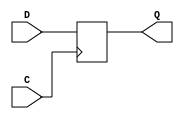
// This program was cloned from: https://github.com/lnis-uofu/OpenFPGA
// License: MIT License

(* abc9_flop, lib_whitebox *)
module dff(
    output reg Q,
    input D,
    (* clkbuf_sink *)
    (* invertible_pin = "IS_C_INVERTED" *)
    input C
);
    parameter [0:0] INIT = 1'b0;
    parameter [0:0] IS_C_INVERTED = 1'b0;
    initial Q = INIT;
    case(|IS_C_INVERTED)
          1'b0:
            always @(posedge C)
                Q <= D;
          1'b1:
            always @(negedge C)
                Q <= D;
    endcase
endmodule

(* abc9_flop, lib_whitebox *)
module dffr(
    output reg Q,
    input D,
    input R,
    (* clkbuf_sink *)
    (* invertible_pin = "IS_C_INVERTED" *)
    input C
);
    parameter [0:0] INIT = 1'b0;
    parameter [0:0] IS_C_INVERTED = 1'b0;
    initial Q = INIT;
    case(|IS_C_INVERTED)
          1'b0:
            always @(posedge C or posedge R)
                if (R == 1'b1)
                        Q <= 1'b0;
                else
                        Q <= D;
          1'b1:
            always @(negedge C or posedge R)
                if (R == 1'b1)
                        Q <= 1'b0;
                else
                        Q <= D;
    endcase
endmodule

(* abc9_flop, lib_whitebox *)
module dffnr(
    output reg Q,
    input D,
    input R,
    (* clkbuf_sink *)
    (* invertible_pin = "IS_C_INVERTED" *)
    input CN
);
    parameter [0:0] INIT = 1'b0;
    parameter [0:0] IS_C_INVERTED = 1'b0;
    initial Q = INIT;
    case(|IS_C_INVERTED)
          1'b0:
            always @(posedge CN or posedge R)
                if (R == 1'b1)
                        Q <= 1'b0;
                else
                        Q <= D;
          1'b1:
            always @(negedge CN or posedge R)
                if (R == 1'b1)
                        Q <= 1'b0;
                else
                        Q <= D;
    endcase
endmodule

(* abc9_flop, lib_whitebox *)
module dffre(
    output reg Q,
    input D,
    input R,
    input E,
    (* clkbuf_sink *)
    (* invertible_pin = "IS_C_INVERTED" *)
    input C
);
    parameter [0:0] INIT = 1'b0;
    parameter [0:0] IS_C_INVERTED = 1'b0;
    initial Q = INIT;
    case(|IS_C_INVERTED)
          1'b0:
            always @(posedge C or posedge R)
              if (R == 1'b1)
                Q <= 1'b0;
              else if(E)
                Q <= D;
          1'b1:
            always @(negedge C or posedge R)
              if (R == 1'b1)
                Q <= 1'b0;
              else if(E)
                Q <= D;
        endcase
endmodule

//-----------------------------
// D-type flip-flop with active-low asynchronous reset
//-----------------------------
(* abc9_flop, lib_whitebox *)
module dffrn(
    output reg Q,
    input D,
    input RN,
    (* clkbuf_sink *)
    (* invertible_pin = "IS_C_INVERTED" *)
    input C
);
    parameter [0:0] INIT = 1'b0;
    parameter [0:0] IS_C_INVERTED = 1'b0;
    initial Q = INIT;
    case(|IS_C_INVERTED)
          1'b0:
            always @(posedge C or negedge RN)
                if (RN == 1'b0)
                        Q <= 1'b0;
                else
                        Q <= D;
          1'b1:
            always @(negedge C or negedge RN)
                if (RN == 1'b0)
                        Q <= 1'b0;
                else
                        Q <= D;
    endcase
endmodule

(* abc9_flop, lib_whitebox *)
module latchre (
    output reg Q,
    input S,
    input R,
    input D,
    input G,
    input E
);
    parameter [0:0] INIT = 1'b0;
    initial Q = INIT;
    always @*
            begin
              if (R) Q <= 1'b0;
              if (S) Q <= 1'b1;
            else if (E && G) Q <= D;
    end
endmodule